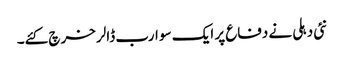
نئی دہلی نے دفاع پر ایک سو ارب ڈالر خرچ کئے۔